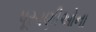
પૂરવણીઓના